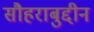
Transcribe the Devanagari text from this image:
सौहराबुद्दीन